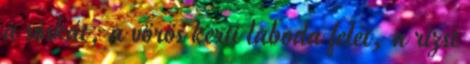
a sóskát, a vörös kerti laboda felét, a rizst